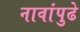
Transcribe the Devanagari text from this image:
नावांपुढे